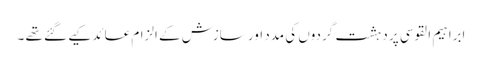
ابراہیم القوسی پر دہشت گردوں کی مدد اور سازش کے الزام عائد کیے گئے تھے ۔